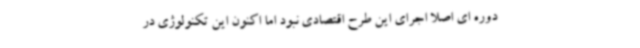
دوره ای اصلا اجرای این طرح اقتصادی نبود اما اکنون این تکنولوژی در